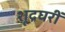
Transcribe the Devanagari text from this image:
शूद्रघरीं